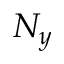
N _ { y }